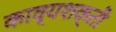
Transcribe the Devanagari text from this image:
काव्यशक्ती